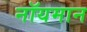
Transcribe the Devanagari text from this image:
नॉयमान